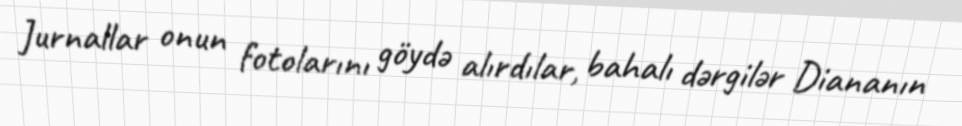
Jurnallar onun fotolarını göydə alırdılar, bahalı dərgilər Diananın